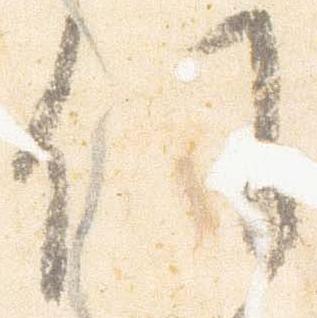
任